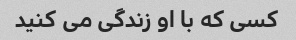
کسی که با او زندگی می کنید